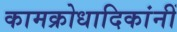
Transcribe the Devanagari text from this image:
कामक्रोधादिकांनीं